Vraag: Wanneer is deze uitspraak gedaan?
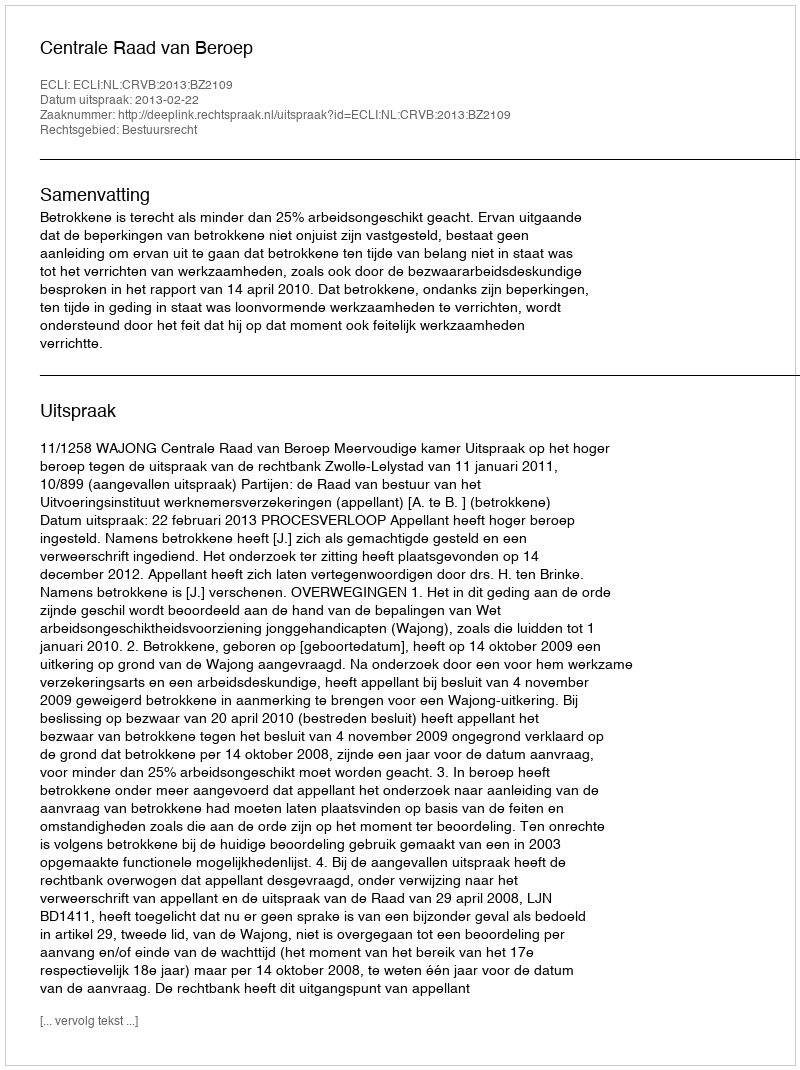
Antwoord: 2013-02-22